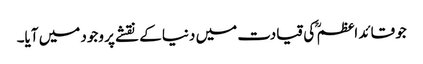
جو قائد اعظم ؒ کی قیادت میں دنیا کے نقشے پر وجود میں آیا۔